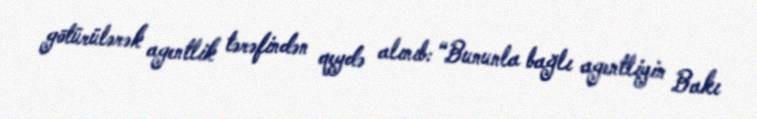
götürülərək agentlik tərəfindən qeydə alınıb: “Bununla bağlı agentliyin Bakı